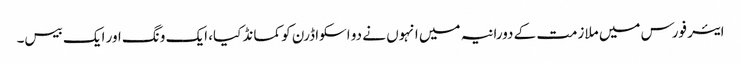
ایئر فورس میں ملازمت کے دورانیہ میں انہوں نے دو اسکواڈرن کو کمانڈ کیا، ایک ونگ اور ایک بیس۔